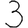
Digit: 3